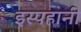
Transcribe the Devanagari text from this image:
इस्पहानी